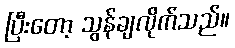
ပြီးတော့ သွန်ချလိုက်သည်။